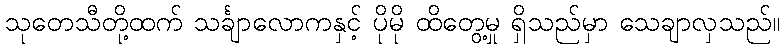
သုတေသီတို့ထက် သင်္ချာလောကနှင့် ပိုမို ထိတွေ့မှု ရှိသည်မှာ သေချာလှသည်။